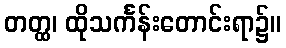
တတ္ထ၊ ထိုသင်္ကန်းတောင်းရာ၌။